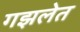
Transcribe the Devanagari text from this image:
गझलेत